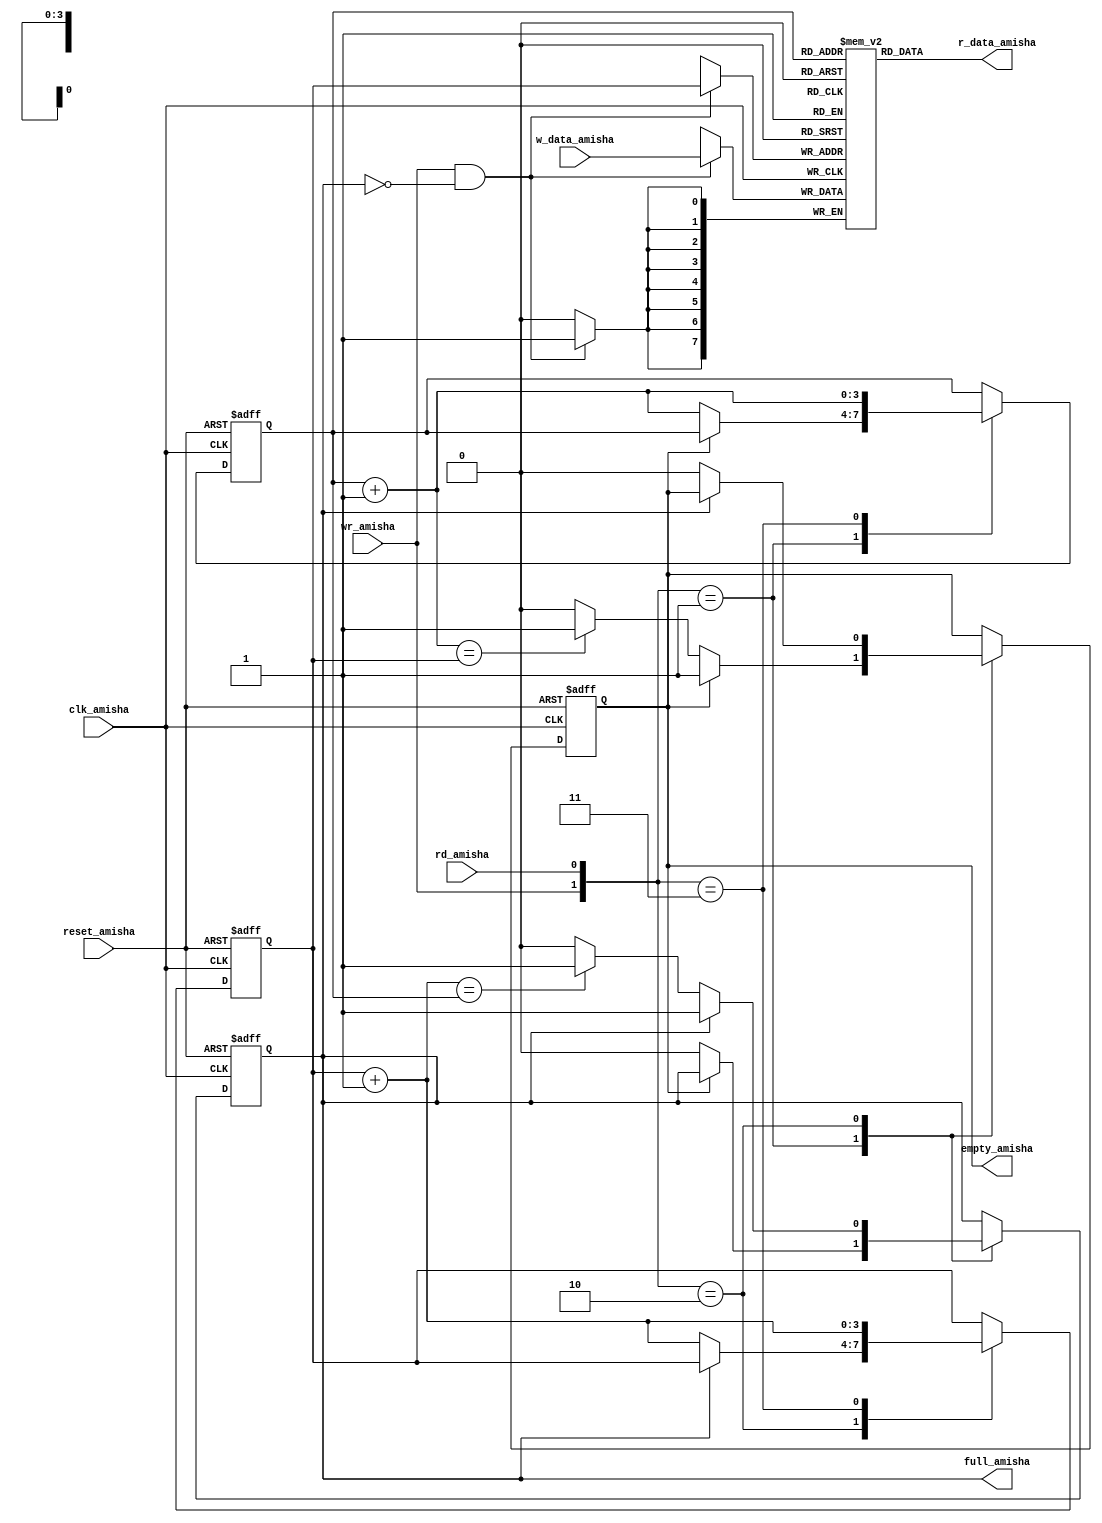
`timescale 1ns / 1ps
//////////////////////////////////////////////////////////////////////////////////
// Company: 
// Engineer: 
// 
// Design Name: 
// Module Name:    fifo_Amisha 
// Project Name: 
// Target Devices: 
// Tool versions: 
// Description: 
//
// Dependencies: 
//
// Revision: 
// Revision 0.01 - File Created
// Additional Comments: 
//
//////////////////////////////////////////////////////////////////////////////////
module fifo_Amisha
   #(
    parameter B_amisha = 8,
              W_amisha = 4 
	)				  
	(
    input clk_amisha,
    input reset_amisha,
	 input rd_amisha, 
	 input wr_amisha,
    input [B_amisha-1: 0] w_data_amisha,
    output empty_amisha,
    output full_amisha,
    output [B_amisha-1: 0] r_data_amisha
    );

   reg [B_amisha-1:0] array_reg_amisha [2**W_amisha-1:0]; 
   reg [W_amisha-1:0] w_ptr_reg_amisha, w_ptr_next_amisha, w_ptr_succ_amisha;
   reg [W_amisha-1:0] r_ptr_reg_amisha, r_ptr_next_amisha, r_ptr_succ_amisha;
   reg full_reg_amisha, empty_reg_amisha, full_next_amisha, empty_next_amisha;
   wire wr_en_amisha;

   always @(posedge clk_amisha)
      if (wr_en_amisha)
         array_reg_amisha[w_ptr_reg_amisha] <= w_data_amisha;

   assign r_data_amisha = array_reg_amisha[r_ptr_reg_amisha];

   assign wr_en_amisha = wr_amisha & ~full_reg_amisha;

   always @(posedge clk_amisha, posedge reset_amisha)
      if (reset_amisha)
         begin
            w_ptr_reg_amisha <= 0;
            r_ptr_reg_amisha <= 0;
            full_reg_amisha <= 1'b0;
            empty_reg_amisha <= 1'b1;
         end
      else
         begin
            w_ptr_reg_amisha <= w_ptr_next_amisha;
            r_ptr_reg_amisha <= r_ptr_next_amisha;
            full_reg_amisha <= full_next_amisha;
            empty_reg_amisha <= empty_next_amisha;
         end

   always @*
   begin
      w_ptr_succ_amisha = w_ptr_reg_amisha + 1;
      r_ptr_succ_amisha = r_ptr_reg_amisha + 1;
      w_ptr_next_amisha = w_ptr_reg_amisha;
      r_ptr_next_amisha = r_ptr_reg_amisha;
      full_next_amisha = full_reg_amisha;
      empty_next_amisha = empty_reg_amisha;
		
      case ({wr_amisha, rd_amisha})
         2'b01: 
            if (~empty_reg_amisha) 
               begin
                  r_ptr_next_amisha = r_ptr_succ_amisha;
                  full_next_amisha = 1'b0;
                  if (r_ptr_succ_amisha == w_ptr_reg_amisha)
                     empty_next_amisha = 1'b1;
               end
					
         2'b10: 
            if (~full_reg_amisha) 
               begin
                  w_ptr_next_amisha = w_ptr_succ_amisha;
                  empty_next_amisha = 1'b0;
                  if (w_ptr_succ_amisha == r_ptr_reg_amisha)
                     full_next_amisha = 1'b1;
               end
					
         2'b11: 
            begin
               w_ptr_next_amisha = w_ptr_succ_amisha;
               r_ptr_next_amisha = r_ptr_succ_amisha;
            end
      endcase
   end

   assign full_amisha = full_reg_amisha;
   assign empty_amisha = empty_reg_amisha;
endmodule